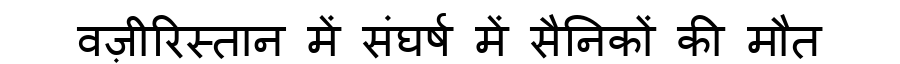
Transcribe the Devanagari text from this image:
वज़ीरिस्तान में संघर्ष में सैनिकों की मौत